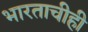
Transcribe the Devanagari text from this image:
भारताचीही